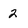
Character: 2